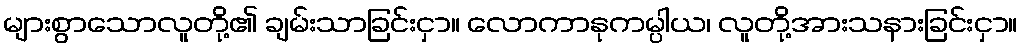
များစွာသောလူတို့၏ ချမ်းသာခြင်းငှာ။ လောကာနုကမ္ပါယ၊ လူတို့အားသနားခြင်းငှာ။